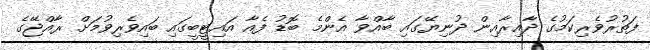
ފަތުރުވެރިކަމުގެ ދާއިރާއިން ދުނިޔޭގައި ބާއްވާ އެންމެ ބޮޑު ފެއާ އައިޓީބީގައި ބައިވެރިވުމަށް ރާއްޖޭގެ